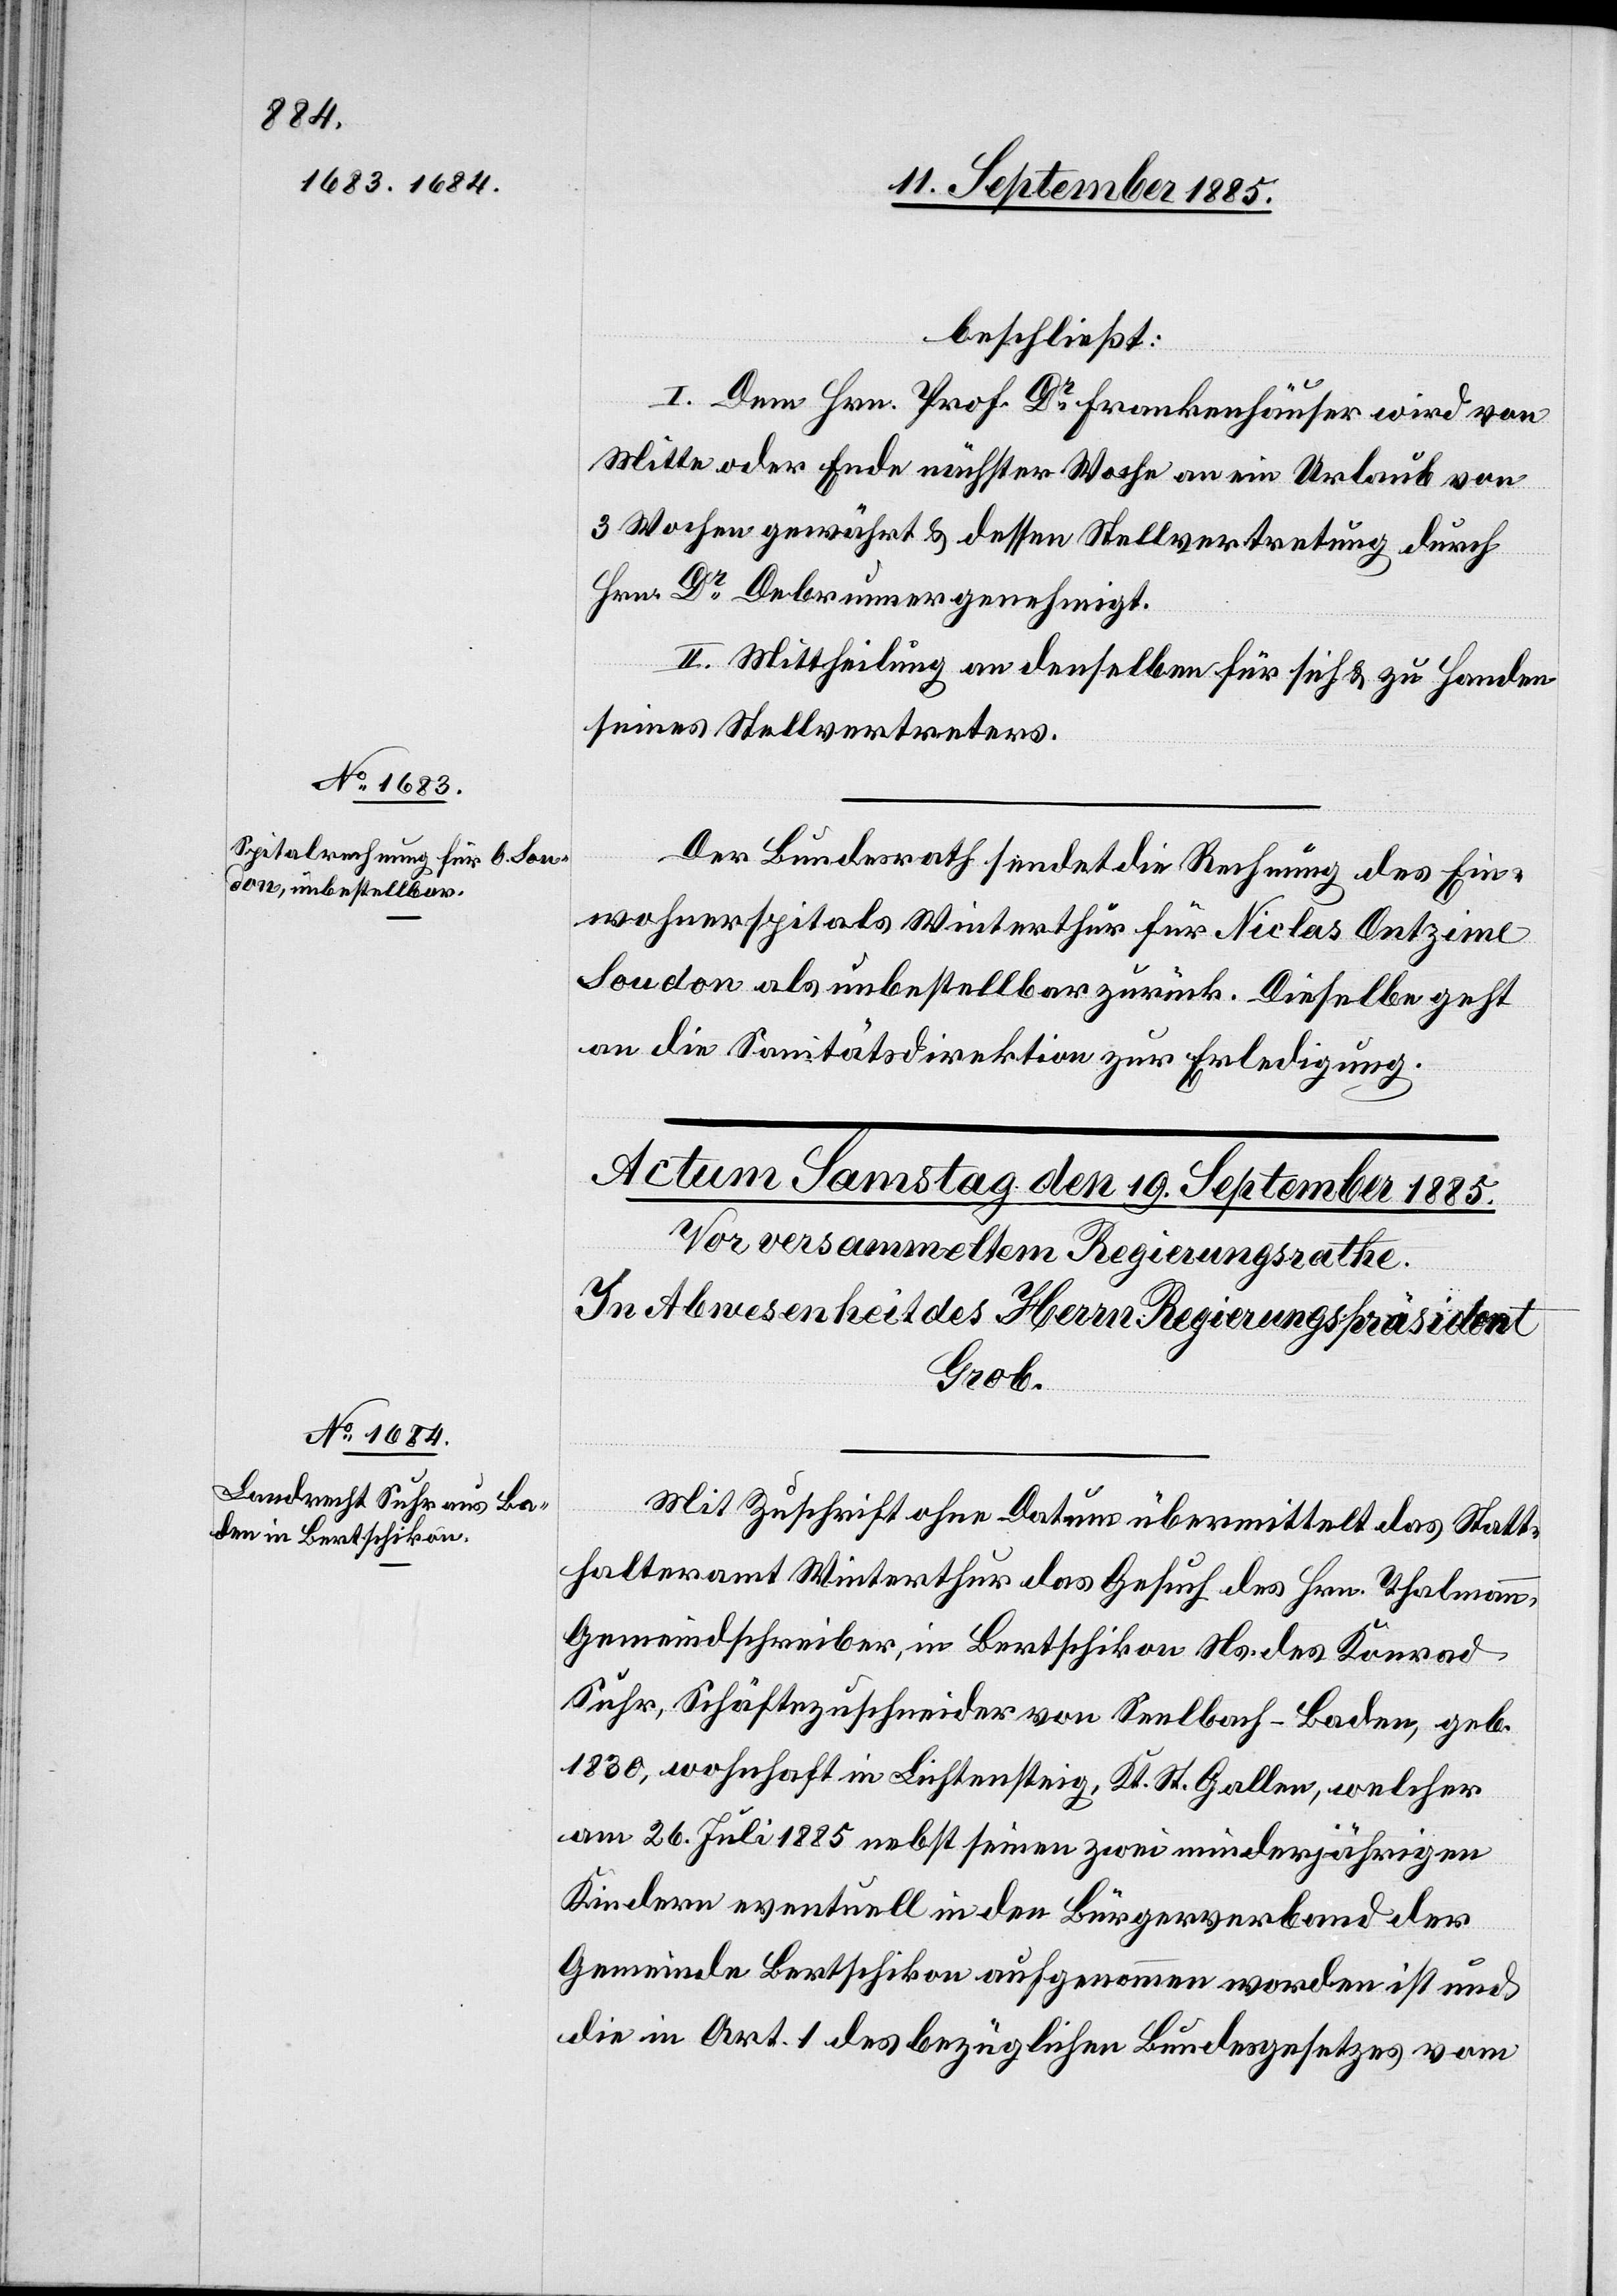
16. September 1885.]
beschließt:
I. Dem Hrn. Prof. Dr Frankenhauser wird von
Mitte oder Ende nächster Woche an ein Urlaub von
3 Wochen gewährt & dessen Stellvertretung durch
Hrn. Dr Debrunner genehmigt.
II. Mittheilung an denselben für sich & zu Handen
seines Stellvertreters.
Der Bundesrath sendet die Rechnung des Ein¬
wohnerspitals Winterthur für Niclas Ontzime
Soudon als unbestellbar zurück. Dieselbe geht
an die
Mit Zuschrift ohne Datum übermittelt das Statt¬
halteramt Winterthur das Gesuch des Hrn. Thalmann,
Gemeindschreiber, in Bertschikon Ns. des Konrad
Suhr, Schäftezuschneider von Seelbach - Baden, geb.
1830, wohnhaft in Lichtensteig Kt. St. Gallen, welcher
am 26. Juli 1885 nebst seinen zwei minderjährigen
Kindern eventuell in den Bürgerverband der
Gemeinde Bertschikon aufgenommen worden ist und
die in Art. 1 des bezüglichen Bundesgesetzes vom